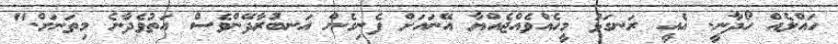
ހައްލެއް ހޯދާނީ. އެއީ ރަނގަޅު މީހެއްވެއްޖެއްޔާ އޭނައަށް ފެނިގެން އަނބުރާދޭންވެސް އަތުވެދާނެ މިތަނަށް."